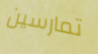
تمارسين